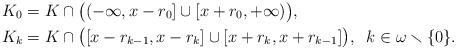
LaTeX: \begin{align*} K_0 &=K\cap \big((-\infty,x- r_0]\cup[x+ r_0,+\infty)\big), \\ K_{k}&=K\cap \big([x- r_{k-1},x- r_{k}] \cup [x+ r_{k},x+ r_{k-1}]\big), \; \; k \in \omega \smallsetminus \{0\}.\end{align*}